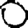
Digit: 0